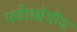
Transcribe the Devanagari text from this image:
पर्वतक्षेत्रीय